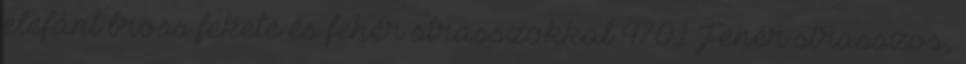
elefánt bross fekete és fehér strasszokkal 4701 Fehér strasszos,